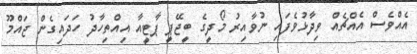
އެއްވެސް އެއްޗެއް ވިދާޅުވެފައި ނުވާއިރު މޯދީގެ ބީޖޭޕީ ޕާޓީއާ އިއްތިހާދު ހަދައިގެން ޖައްމޫ